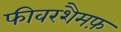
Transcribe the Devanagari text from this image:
फीवरशैमफ़